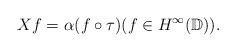
LaTeX: \begin{align*}Xf = \alpha (f\circ \tau) (f\in H^{\infty}(\mathbb{D})).\end{align*}